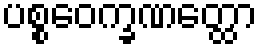
ပစ္စဝေက္ခဏတ္ထော